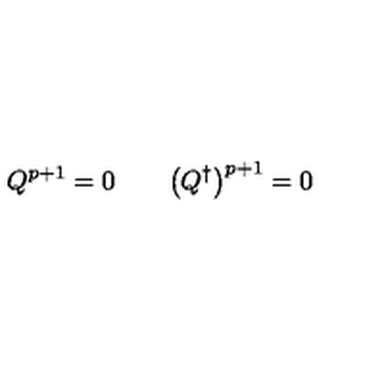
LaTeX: Q ^ { p + 1 } = 0 \qquad \bigl ( Q ^ { \dagger } \bigr ) ^ { p + 1 } = 0